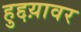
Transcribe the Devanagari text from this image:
हुद्दय़ावर